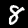
Label: 8